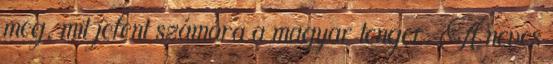
meg, mit jelent számára a magyar tenger. A neves